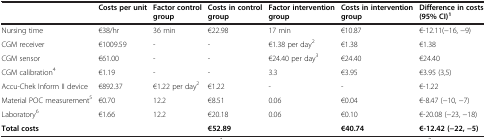
<table><thead><tr><td></td><td><b>Costs per unit</b></td><td><b>Factor control group</b></td><td><b>Costs in control group</b></td><td><b>Factor intervention group</b></td><td><b>Costs in intervention group</b></td><td><b>Difference in costs (95% CI)<sup>1</sup></b></td></tr></thead><tbody><tr><td>Nursing time</td><td>€38/hr</td><td>36 min</td><td>€22.98</td><td>17 min</td><td>€10.87</td><td>€-12.11(−16, −9)</td></tr><tr><td>CGM receiver</td><td>€1009.59</td><td>-</td><td>-</td><td>€1.38 per day<sup>2</sup></td><td>€1.38</td><td>€1.38</td></tr><tr><td>CGM sensor</td><td>€61.00</td><td>-</td><td>-</td><td>€24.40 per day<sup>3</sup></td><td>€24.40</td><td>€24.40</td></tr><tr><td>CGM calibration<sup>4</sup></td><td>€1.19</td><td>-</td><td>-</td><td>3.3</td><td>€3.95</td><td>€3.95 (3,5)</td></tr><tr><td>Accu-Chek Inform II device</td><td>€892.37</td><td>€1.22 per day<sup>2</sup></td><td>€1.22</td><td>-</td><td>-</td><td>€-1.22</td></tr><tr><td>Material POC measurement<sup>5</sup></td><td>€0.70</td><td>12.2</td><td>€8.51</td><td>0.06</td><td>€0.04</td><td>€-8.47 (−10, −7)</td></tr><tr><td>Laboratory<sup>6</sup></td><td>€1.66</td><td>12.2</td><td>€20.18</td><td>0.06</td><td>€0.10</td><td>€-20.08 (−23, −18)</td></tr><tr><td><b>Total costs</b></td><td></td><td></td><td><b>€52.89</b></td><td></td><td><b>€40.74</b></td><td><b>€-12.42 (−22, −5)</b></td></tr></tbody></table>